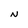
Character: N